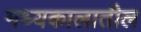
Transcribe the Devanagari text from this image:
मध्यकालातील